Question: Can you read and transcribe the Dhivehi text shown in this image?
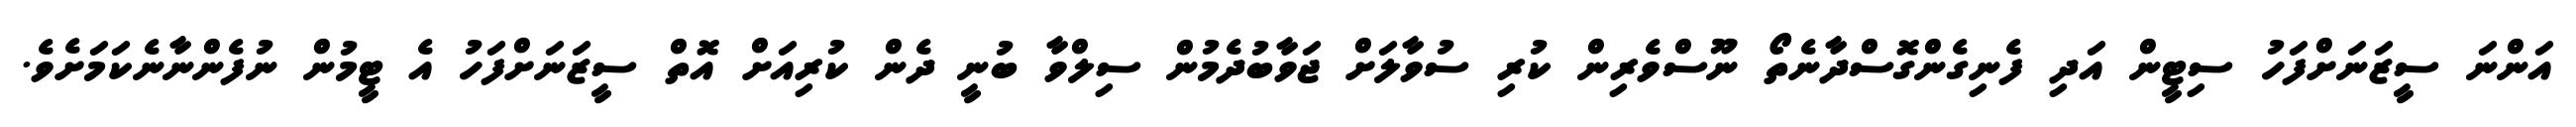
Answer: އަންނަ ސީޒަނަށްފަހު ސިޓީން އަދި ފެނިގެންގޮސްދާނެތޯ ނޫސްވެރިން ކުރި ސުވާލަށް ޖަވާބުދެމުން ސިލްވާ ބުނީ ދެން ކުރިއަށް އޮތް ސީޒަނަށްފަހު އެ ޓީމުން ނުފެންނާނެކަމަށެވެ.